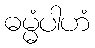
ဓမ္မံပါဟံ